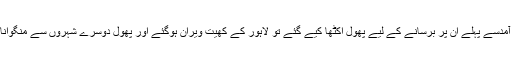
ان کی آمدسے پہلے ان پر برسانے کے لیے پھول اکٹھا کیے گئے تو لاہور کے کھیت ویران ہوگئے اور پھول دوسرے شہروں سے منگوانا پڑے۔